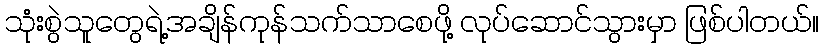
သုံးစွဲသူတွေရဲ့အချိန်ကုန်သက်သာစေဖို့ လုပ်ဆောင်သွားမှာ ဖြစ်ပါတယ်။